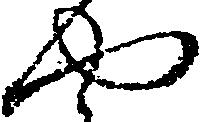
や